Leaving Certificate Examination (including Day School Certificate (Higher) General paper), 1938
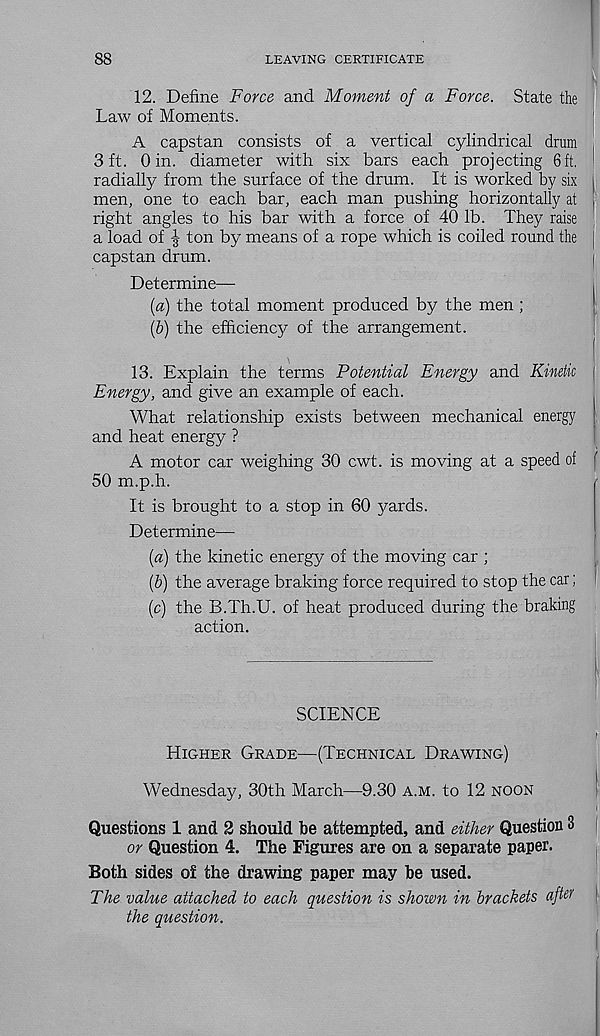
88
LEAVING CERTIFICATE
12. Define Force and Moment of a Force. State the
Law of Moments.
A capstan consists of a vertical cylindrical drum
3 ft. 0 in. diameter with six bars each projecting 6 ft.
radially from the surface of the drum. It is worked by six
men, one to each bar, each man pushing horizontally at
right angles to his bar with a force of 40 lb. They raise
a load of | ton by means of a rope which is coiled round the j
capstan drum.
Determine—
{a) the total moment produced by the men ;
(5) the efficiency of the arrangement.
13. Explain the terms Potential Energy and Kinetic
Energy, and give an example of each.
What relationship exists between mechanical energy
and heat energy ?
A motor car weighing 30 cwt. is moving at a speed of f
50 m.p.h.
It is brought to a stop in 60 yards.
Determine—
{a) the kinetic energy of the moving car ;
(6) the average braking force required to stop the car;
(c) the B.Th.U. of heat produced during the braking
action.
SCIENCE
Higher Grade—(Technical Drawing)
Wednesday, 30th March—9.30 a.m. to 12 noon
Questions 1 and 2 should be attempted, and either Question 3
or Question 4. The Figures are on a separate paper.
Both sides o£ the drawing paper may be used.
The value attached to each question is shown in brackets afl er
the question.